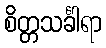
စိတ္တသင်္ခါရာ